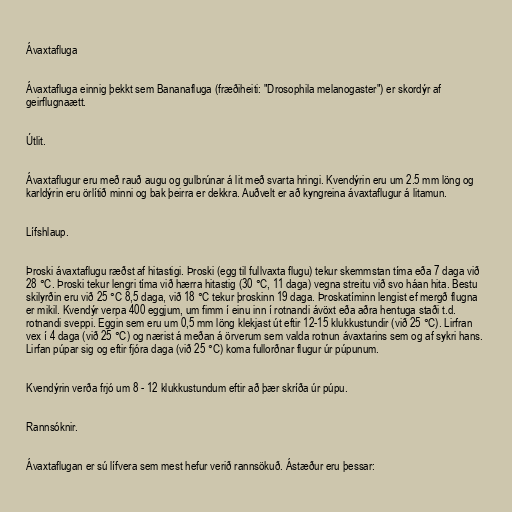
Ávaxtafluga

Ávaxtafluga einnig þekkt sem Bananafluga (fræðiheiti: "Drosophila melanogaster") er skordýr af
geirflugnaætt.

Útlit.

Ávaxtaflugur eru með rauð augu og gulbrúnar á lit með svarta hringi. Kvendýrin eru um 2.5 mm löng og
karldýrin eru örlítið minni og bak þeirra er dekkra. Auðvelt er að kyngreina ávaxtaflugur á litamun.

Lífshlaup.

Þroski ávaxtaflugu ræðst af hitastigi. Þroski (egg til fullvaxta flugu) tekur skemmstan tíma eða 7 daga við
28 °C. Þroski tekur lengri tíma við hærra hitastig (30 °C, 11 daga) vegna streitu við svo háan hita. Bestu
skilyrðin eru við 25 °C 8,5 daga, við 18 °C tekur þroskinn 19 daga. Þroskatíminn lengist ef mergð flugna
er mikil. Kvendýr verpa 400 eggjum, um fimm í einu inn í rotnandi ávöxt eða aðra hentuga staði t.d.
rotnandi sveppi. Eggin sem eru um 0,5 mm löng klekjast út eftir 12-15 klukkustundir (við 25 °C). Lirfran
vex í 4 daga (við 25 °C) og nærist á meðan á örverum sem valda rotnun ávaxtarins sem og af sykri hans.
Lirfan púpar sig og eftir fjóra daga (við 25 °C) koma fullorðnar flugur úr púpunum.

Kvendýrin verða frjó um 8 - 12 klukkustundum eftir að þær skríða úr púpu.

Rannsóknir.

Ávaxtaflugan er sú lífvera sem mest hefur verið rannsökuð. Ástæður eru þessar: